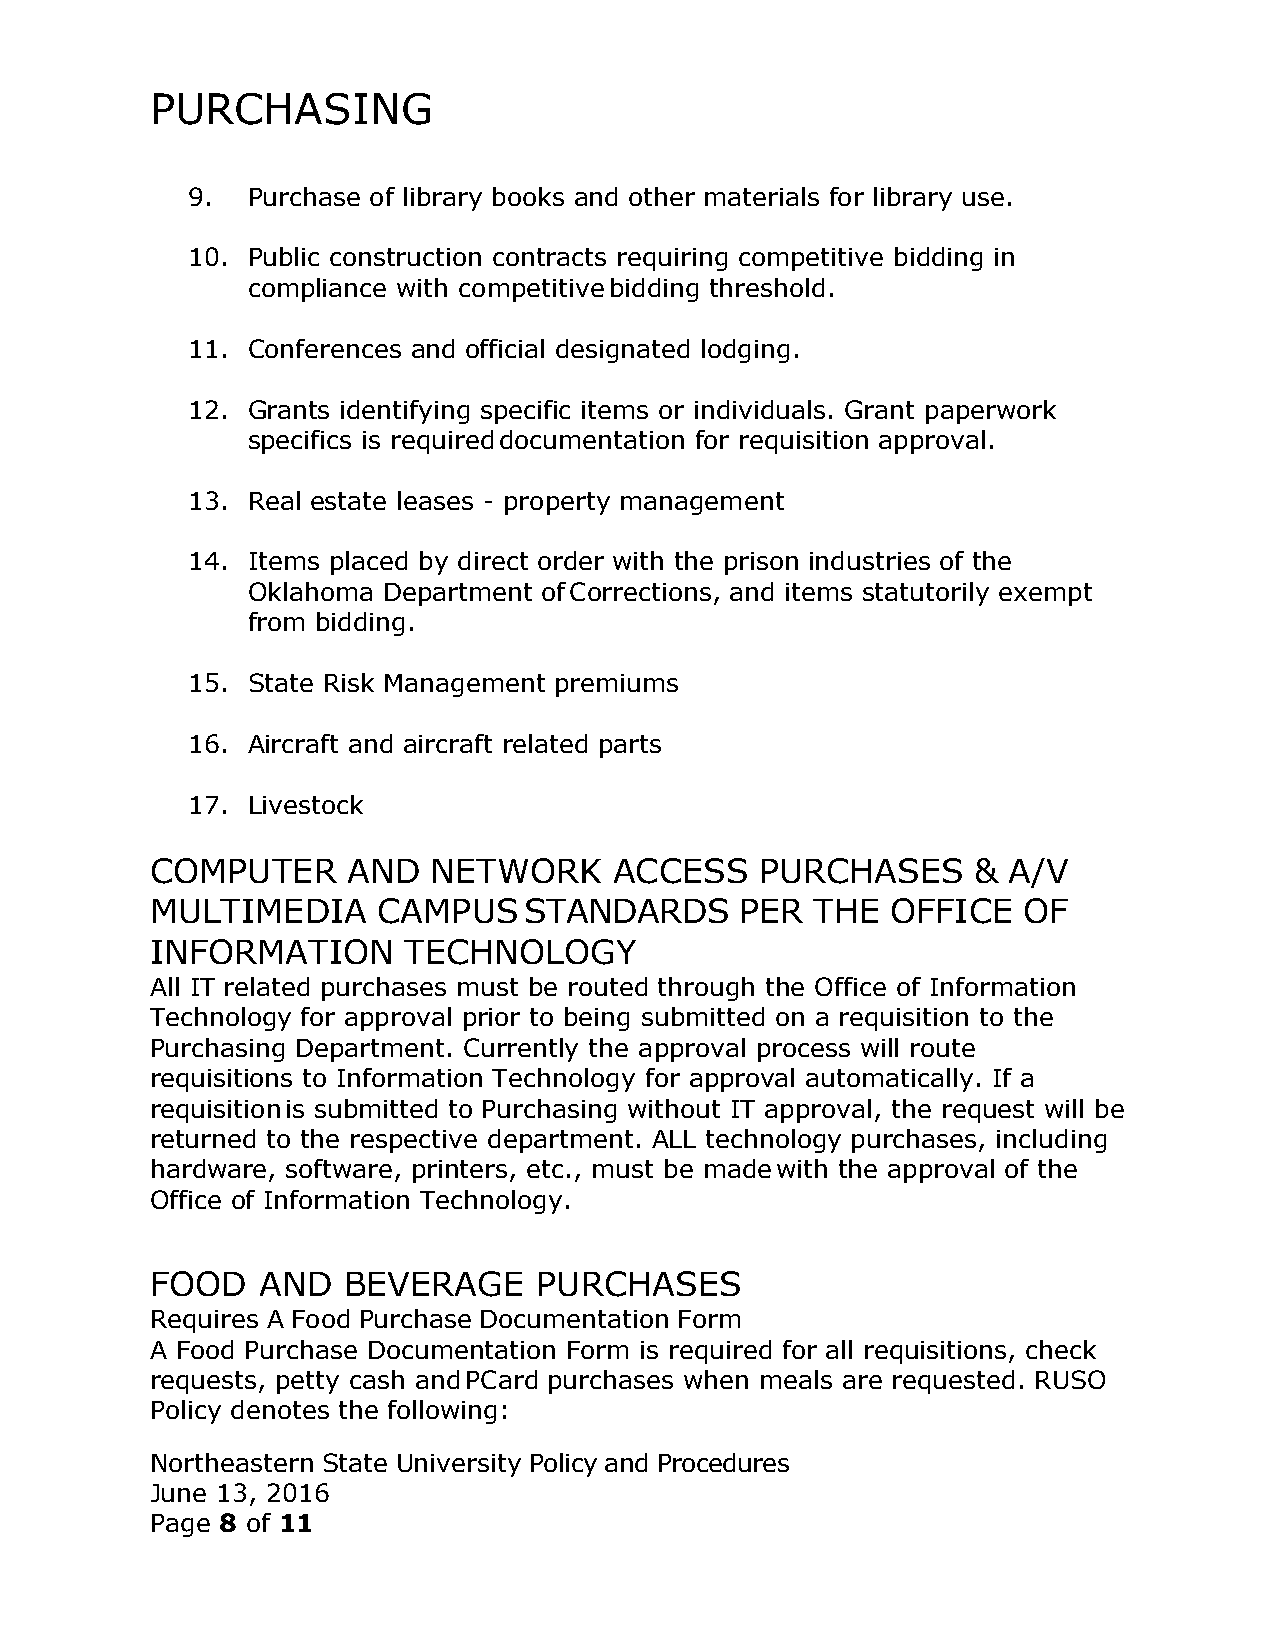
PURCHASING
 9.  Purchase of library books and other materials for library use.
 10. Public construction contracts requiring competitive bidding in
 compliance with competitive bidding threshold.
 11. Conferences and official designated lodging.
 12. Grants identifying specific items or individuals. Grant paperwork
 specifics is required documentation for requisition approval.
 13. Real estate leases - property management
 14. Items placed by direct order with the prison industries of the
 Oklahoma Department of Corrections, and items statutorily exempt
 from bidding.
 15. State Risk Management premiums
 16. Aircraft and aircraft related parts
 17. Livestock
 COMPUTER     AND   NETWORK     ACCESS   PURCHASES     &  A/V
 MULTIMEDIA     CAMPUS    STANDARDS     PER  THE  OFFICE   OF
 INFORMATION      TECHNOLOGY
 All IT related purchases must be routed through the Office of Information
 Technology for approval prior to being submitted on a requisition to the
 Purchasing Department. Currently the approval process will route
 requisitions to Information Technology for approval automatically. If a
 requisition is submitted to Purchasing without IT approval, the request will be
 returned to the respective department. ALL technology purchases, including
 hardware, software, printers, etc., must be made with the approval of the
 Office of Information Technology.
 FOOD   AND   BEVERAGE     PURCHASES
 Requires A Food Purchase Documentation Form
 A Food Purchase Documentation Form is required for all requisitions, check
 requests, petty cash and PCard purchases when meals are requested. RUSO
 Policy denotes the following:
 Northeastern State University Policy and Procedures
 June 13, 2016
 Page 8 of 11